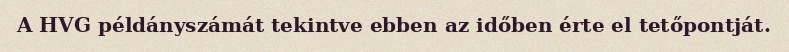
A HVG példányszámát tekintve ebben az időben érte el tetőpontját.